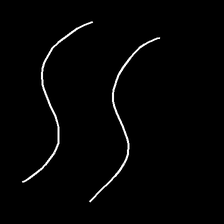
Glyph: float